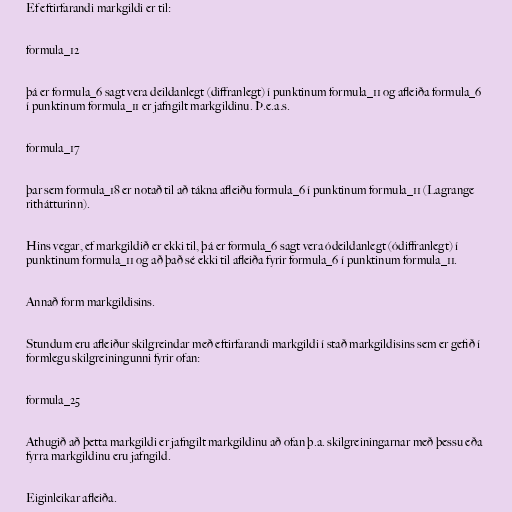
Ef eftirfarandi markgildi er til:

formula_12

þá er formula_6 sagt vera deildanlegt (diffranlegt) í punktinum formula_11 og afleiða formula_6
í punktinum formula_11 er jafngilt markgildinu. Þ.e.a.s.

formula_17

þar sem formula_18 er notað til að tákna afleiðu formula_6 í punktinum formula_11 (Lagrange
rithátturinn).

Hins vegar, ef markgildið er ekki til, þá er formula_6 sagt vera ódeildanlegt (ódiffranlegt) í
punktinum formula_11 og að það sé ekki til afleiða fyrir formula_6 í punktinum formula_11.

Annað form markgildisins.

Stundum eru afleiður skilgreindar með eftirfarandi markgildi í stað markgildisins sem er gefið í
formlegu skilgreiningunni fyrir ofan:

formula_25

Athugið að þetta markgildi er jafngilt markgildinu að ofan þ.a. skilgreiningarnar með þessu eða
fyrra markgildinu eru jafngild.

Eiginleikar afleiða.